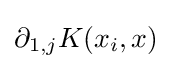
\partial _{1,j}K(x_{i},x)